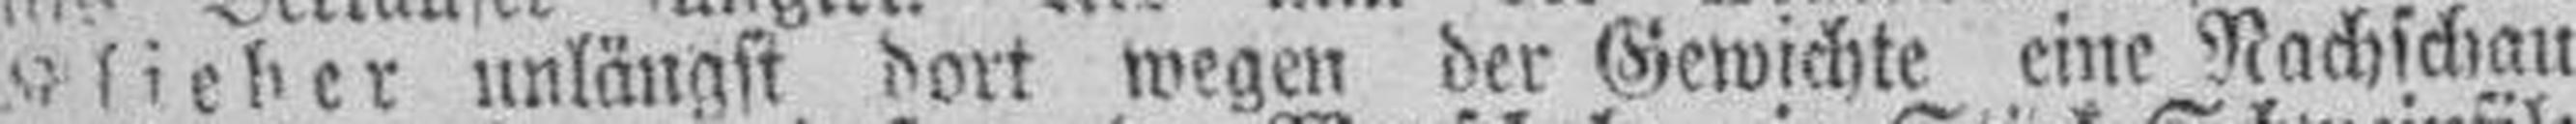
Klieber unlängst dort wegen der Gewichte eine Nachschau